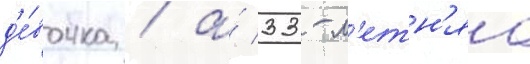
д'е́вочка / а́ 33-л'етн'яа